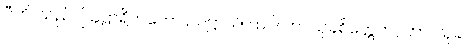
ပီတိ၊ သည်။ ဩဠာရိကတော ဥပဋ္ဌာသိ၊ ထင်လာ။ သုခစိတ္တေကဂ္ဂတာ၊ သုခ၊